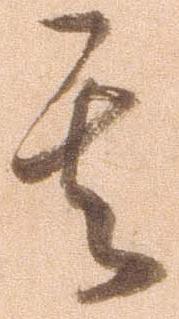
其